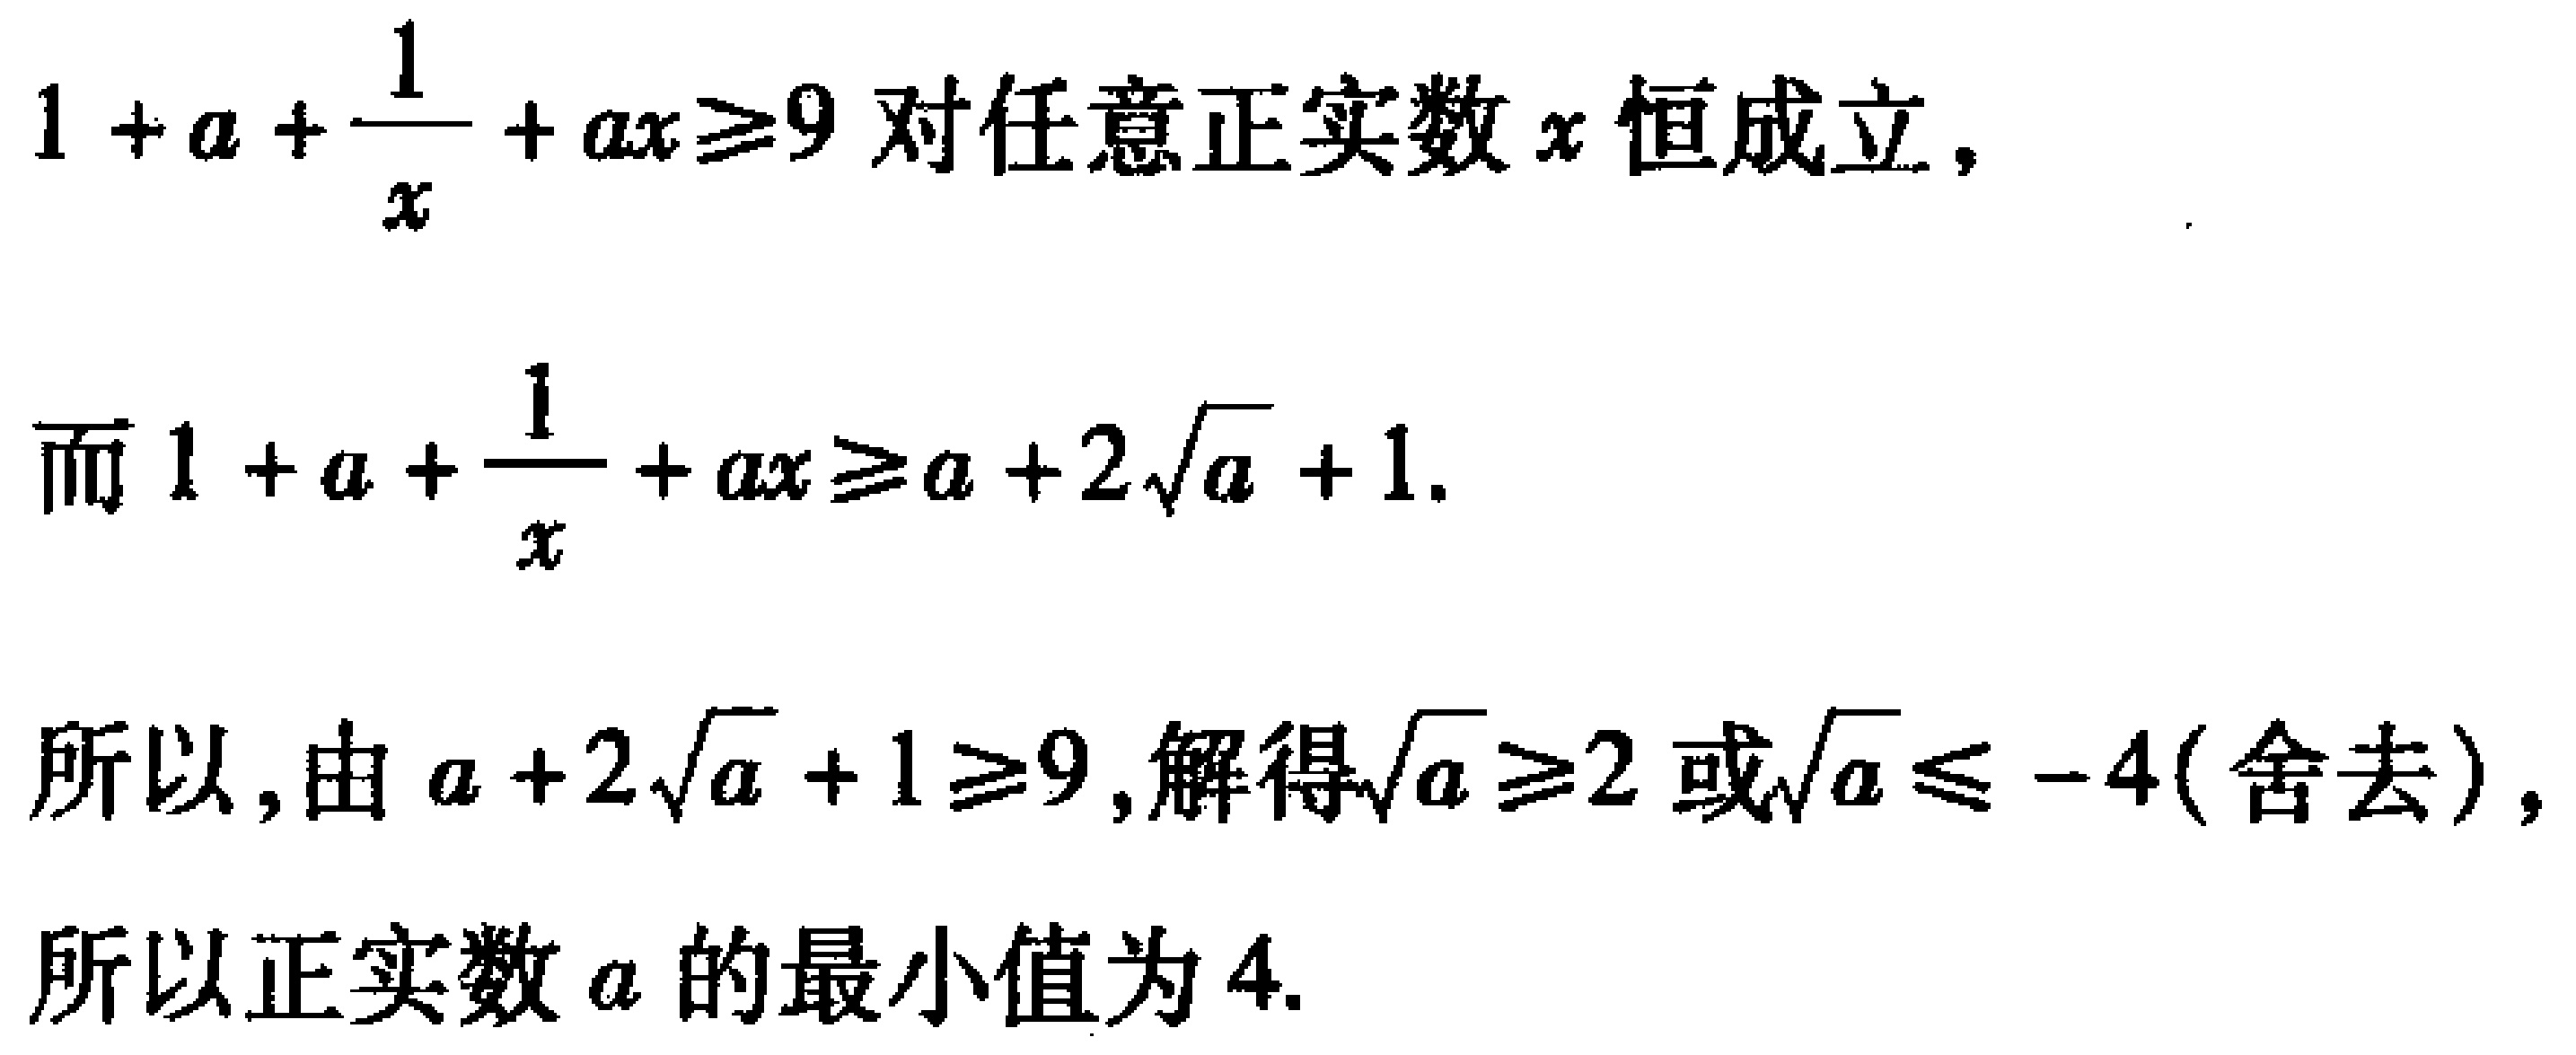
\(1 + a + \frac{1}{x} + ax\geq9\)对任意正实数\(x\)恒成立，

而\(1 + a + \frac{1}{x} + ax\geq a + 2\sqrt{a} + 1\).

所以，由\(a + 2\sqrt{a} + 1\geq9\)，解得\(\sqrt{a}\geq2\)或\(\sqrt{a}\leq -4\)(舍去)，

所以正实数\(a\)的最小值为\(4\).